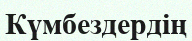
Күмбездердің